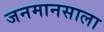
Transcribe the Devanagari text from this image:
जनमानसाला